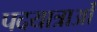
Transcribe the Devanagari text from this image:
पदयात्राओं